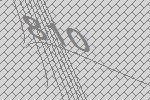
810